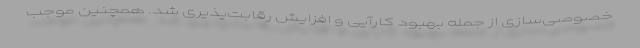
خصوصی‌سازی از جمله بهبود کارآیی و افزایش رقابت‌پذیری شد. همچنین موجب